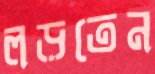
লড়তেন